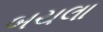
બચલા